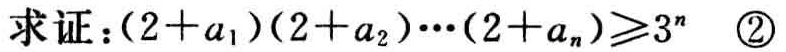
求证：\((2 + a_1)(2 + a_2)\cdots(2 + a_n)\geqslant3^n\quad \textcircled{2}\)